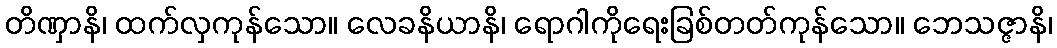
တိဏှာနိ၊ ထက်လှကုန်သော။ လေခနိယာနိ၊ ရောဂါကိုရေးခြစ်တတ်ကုန်သော။ ဘေသဇ္ဇာနိ၊